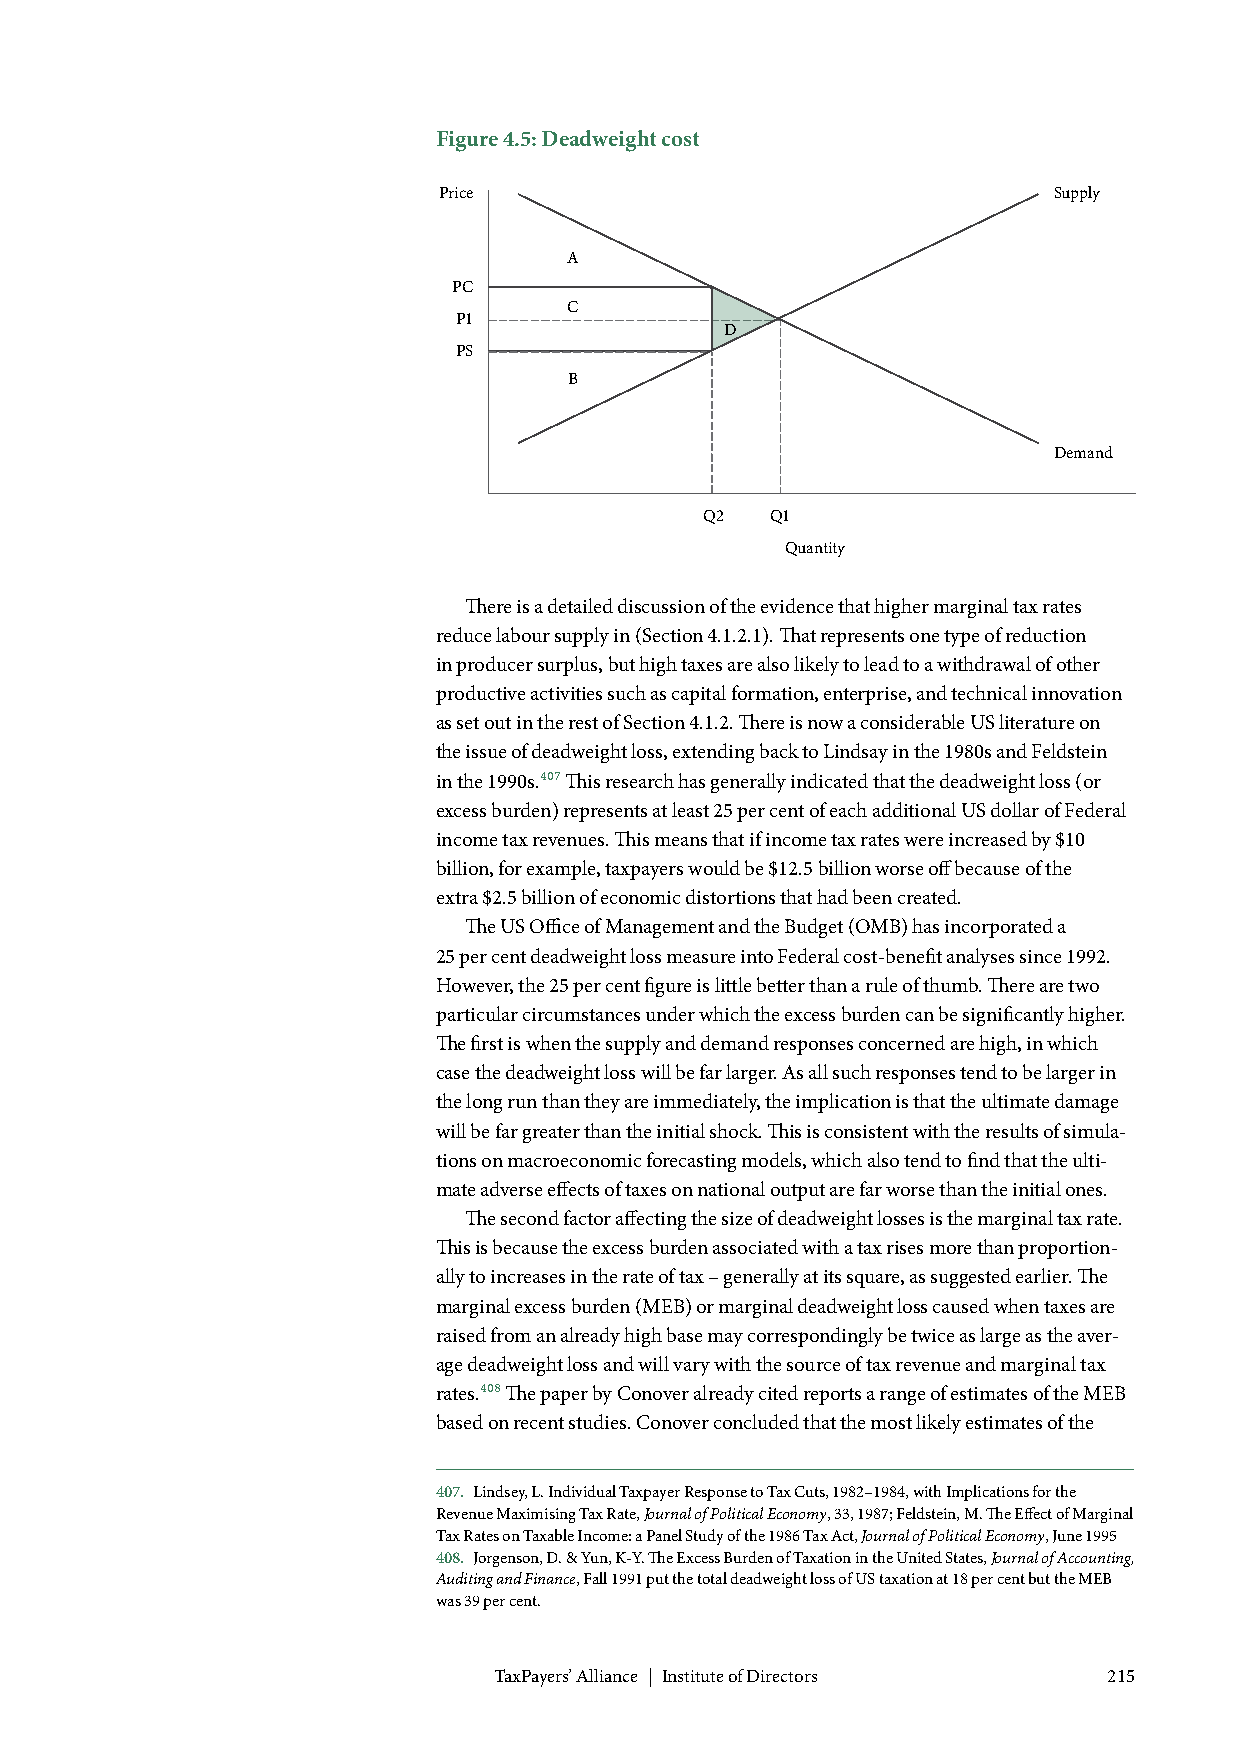
Figure 4.5: Deadweight cost
 Price                                    Supply
 A
 PC
 C
 P1
 D
 PS
 B
 Demand
 Q2  Q1
 Quantity
 There is a detailed discussion of the evidence that higher marginal tax rates
 reduce labour supply in (Section 4.1.2.1). That represents one type of reduction
 in producer surplus, but high taxes are also likely to lead to a withdrawal of other
 productive activities such as capital formation, enterprise, and technical innovation
 as set out in the rest of Section 4.1.2. There is now a considerable US literature on
 the issue of deadweight loss, extending back to Lindsay in the 1980s and Feldstein
 in the 1990s.407 This research has generally indicated that the deadweight loss (or
 excess burden) represents at least 25 per cent of each additional US dollar of Federal
 income tax revenues. This means that if income tax rates were increased by $10
 billion, for example, taxpayers would be $12.5 billion worse off because of the
 extra $2.5 billion of economic distortions that had been created.
 The US Office of Management and the Budget (OMB) has incorporated a
 25 per cent deadweight loss measure into Federal cost-benefit analyses since 1992.
 However, the 25 per cent figure is little better than a rule of thumb. There are two
 particular circumstances under which the excess burden can be significantly higher.
 The first is when the supply and demand responses concerned are high, in which
 case the deadweight loss will be far larger. As all such responses tend to be larger in
 the long run than they are immediately, the implication is that the ultimate damage
 will be far greater than the initial shock. This is consistent with the results of simula-
 tions on macroeconomic forecasting models, which also tend to find that the ulti-
 mate adverse effects of taxes on national output are far worse than the initial ones.
 The second factor affecting the size of deadweight losses is the marginal tax rate.
 This is because the excess burden associated with a tax rises more than proportion-
 ally to increases in the rate of tax – generally at its square, as suggested earlier. The
 marginal excess burden (MEB) or marginal deadweight loss caused when taxes are
 raised from an already high base may correspondingly be twice as large as the aver-
 age deadweight loss and will vary with the source of tax revenue and marginal tax
 rates.408 The paper by Conover already cited reports a range of estimates of the MEB
 based on recent studies. Conover concluded that the most likely estimates of the
 407. Lindsey, L. Individual Taxpayer Response to Tax Cuts, 1982–1984, with Implications for the
 Revenue Maximising Tax Rate, Journal of Political Economy, 33, 1987; Feldstein, M. The Effect of Marginal
 Tax Rates on Taxable Income: a Panel Study of the 1986 Tax Act, Journal of Political Economy, June 1995
 408. Jorgenson, D. & Yun, K-Y. The Excess Burden of Taxation in the United States, Journal of Accounting,
 Auditing and Finance, Fall 1991 put the total deadweight loss of US taxation at 18 per cent but the MEB
 was 39 per cent.
 TaxPayers’ Alliance | Institute of Directors 215